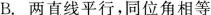
B.两直线平行，同位角相等